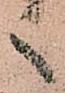
之